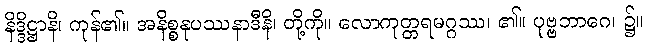
နိဒ္ဒိဋ္ဌာနိ၊ ကုန်၏။ အနိစ္စနုပဿနာဒီနိ၊ တို့ကို။ လောကုတ္တရမဂ္ဂဿ၊ ၏။ ပုဗ္ဗဘာဂေ၊ ၌။